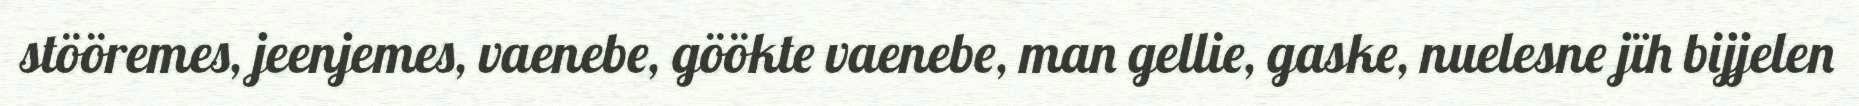
stööremes, jeenjemes, vaenebe, göökte vaenebe, man gellie, gaske, nuelesne jïh bijjelen